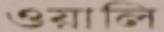
ওয়ালি